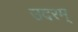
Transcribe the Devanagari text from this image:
उदरम्